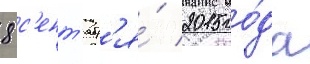
8 с'ент'ябр'я́ 2015 го́да